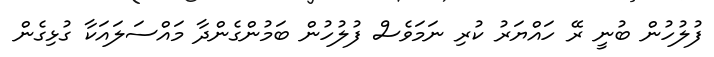
ފުލުހުން ބުނީ ރޭ ހައްޔަރު ކުރި ނަމަވެސް ފުލުހުން ބަމުންގެންދާ މައްސަލައަކާ ގުޅިގެން